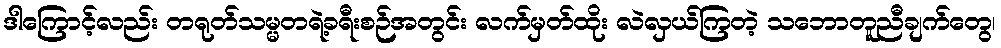
ဒါကြောင့်လည်း တရုတ်သမ္မတရဲ့ခရီးစဉ်အတွင်း လက်မှတ်ထိုး လဲလှယ်ကြတဲ့ သဘောတူညီချက်တွေ၊